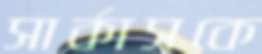
সার্কাসকে